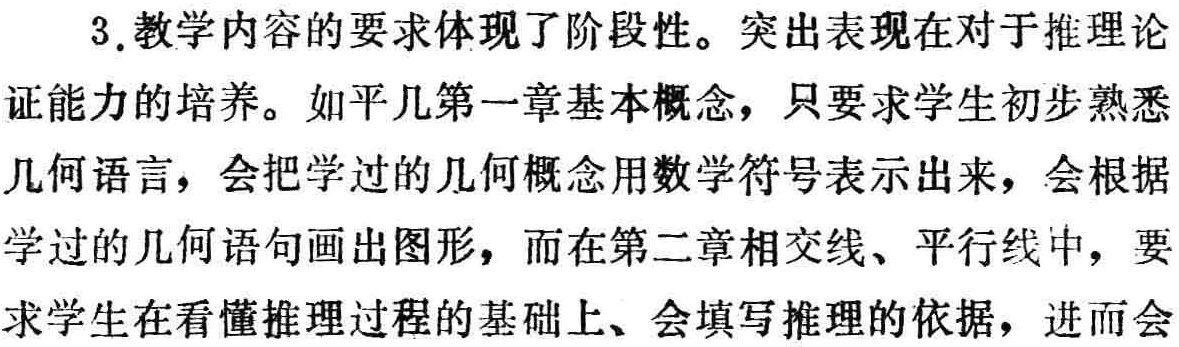
3.教学内容的要求体现了阶段性。突出表现在对于推理论

证能力的培养。如平几第一章基本概念，只要求学生初步熟悉

几何语言，会把学过的几何概念用数学符号表示出来，会根据

学过的几何语句画出图形，而在第二章相交线、平行线中，要

求学生在看懂推理过程的基础上、会填写推理的依据，进而会